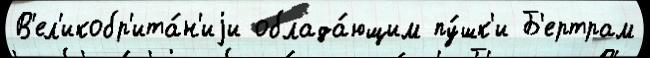
В'ел'икобр'ита́н'иjи облада́ющим пу́шк'и Б'ертрам